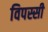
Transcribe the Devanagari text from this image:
विपस्सी